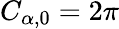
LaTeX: C_{\alpha,0}=2\pi